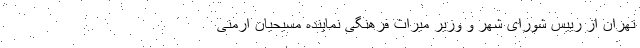
تهران از رییس شورای شهر و وزیر میراث فرهنگی نماینده مسیحیان ارمنی